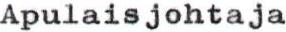
Apulaisjohtaja